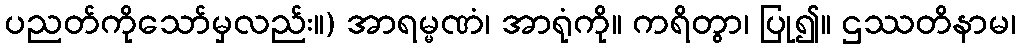
ပညတ်ကိုသော်မှလည်း။) အာရမ္မဏံ၊ အာရုံကို။ ကရိတွာ၊ ပြု၍။ ဌဿတိနာမ၊